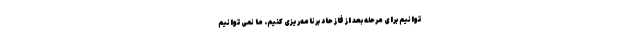
‌توانیم برای مرحله بعد از فاز حاد برنامه‌ریزی کنیم. ما نمی‌توانیم